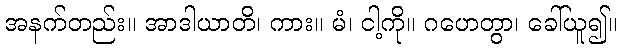
အနက်တည်း။ အာဒါယာတိ၊ ကား။ မံ၊ ငါ့ကို။ ဂဟေတွာ၊ ခေါ်ယူ၍။